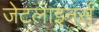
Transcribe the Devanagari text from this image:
जेटलाइनर्स